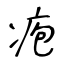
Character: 疱